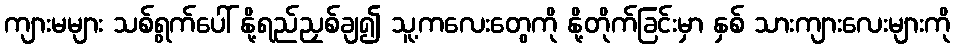
ကျားမများ သစ်ရွက်ပေါ် နို့ရည်ညှစ်ချ၍ သူ့ကလေးတွေကို နို့တိုက်ခြင်းမှာ နှစ် သားကျားလေးများကို